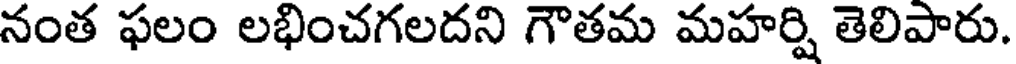
నంత ఫలం లభించగలదని గౌతమ మహర్షి తెలిపారు.